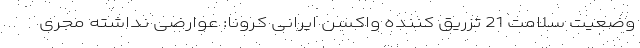
وضعیت سلامت 21 تزریق کننده واکسن ایرانی کرونا: عوارضی نداشته مجری